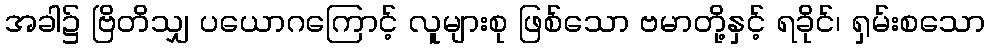
အခါ၌ ဗြိတိသျှ ပယောဂကြောင့် လူများစု ဖြစ်သော ဗမာတို့နှင့် ရခိုင်၊ ရှမ်းစသော